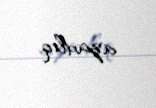
azadlıq.